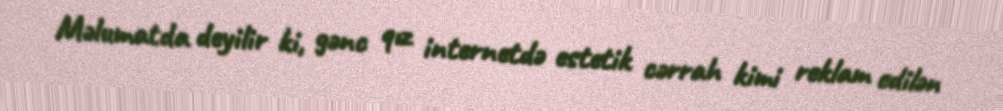
Məlumatda deyilir ki, gənc qız internetdə estetik cərrah kimi reklam edilən